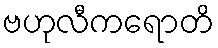
ဗဟုလီကရောတိ